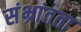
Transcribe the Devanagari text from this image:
संभ्रांतता